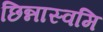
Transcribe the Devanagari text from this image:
छिन्नास्वमि